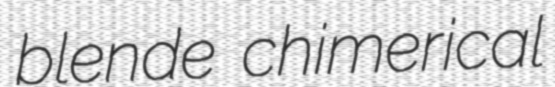
blende chimerical